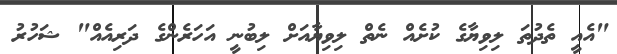
"އެެއީ ތެދުތަ ލިވިޔާގެ ކުށެއް ނެތް ލިވިޔާއަށް ލިބުނީ އަހަރެންގެ ދަރިއެއް" ޝަހުރު